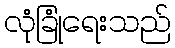
လုံခြုံရေးသည်